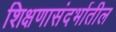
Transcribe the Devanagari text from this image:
शिक्षणासंदर्भातील